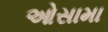
ઓસામા